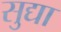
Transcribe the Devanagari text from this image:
सुद्या